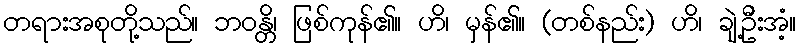
တရားအစုတို့သည်။ ဘဝန္တိ၊ ဖြစ်ကုန်၏။ ဟိ၊ မှန်၏။ (တစ်နည်း) ဟိ၊ ချဲ့ဦးအံ့။